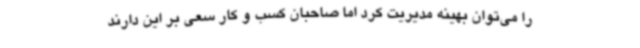
را می‌توان بهینه مدیریت کرد اما صاحبان کسب و کار سعی بر این دارند